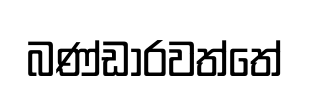
බණ්ඩාරවත්තේ